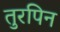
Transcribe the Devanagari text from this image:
तुरपिन